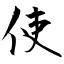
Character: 使